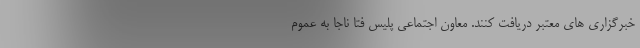
خبرگزاری های معتبر دریافت کنند. معاون اجتماعی پلیس فتا ناجا به عموم